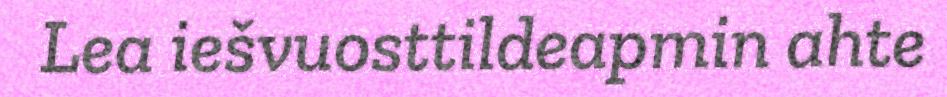
Lea iešvuosttildeapmin ahte